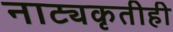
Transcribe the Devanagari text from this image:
नाट्यकृतीही